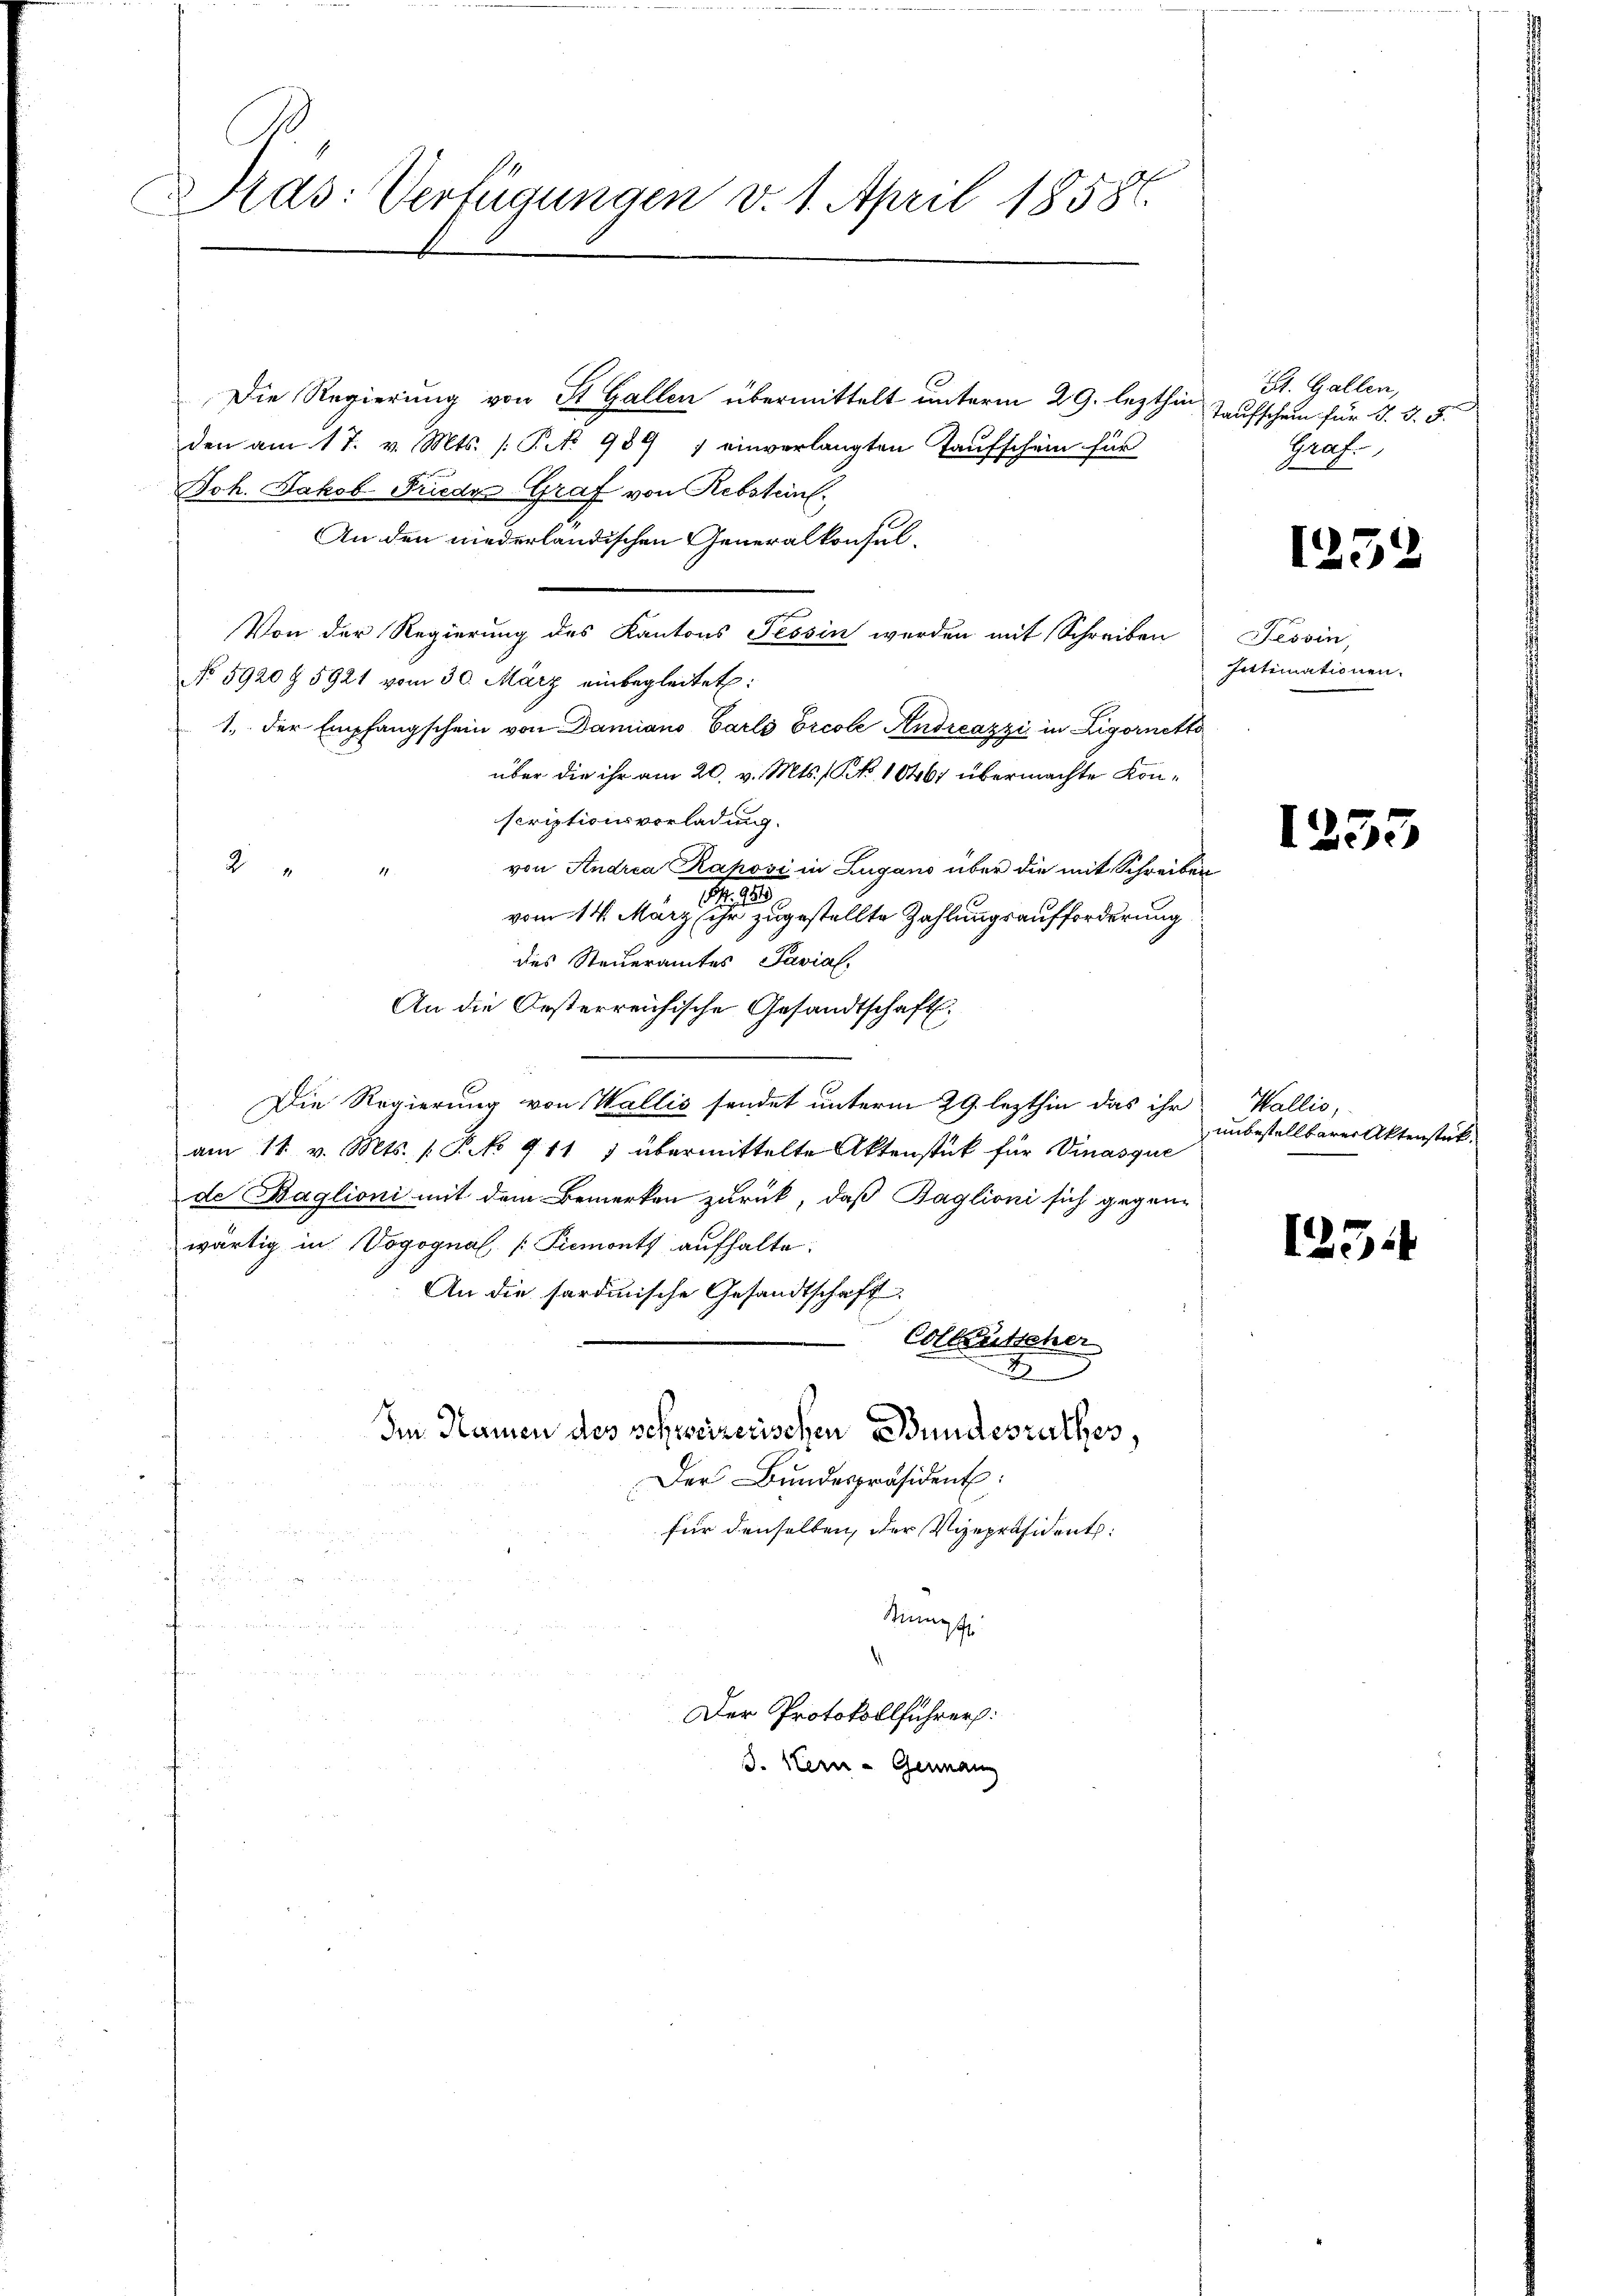
Pras: Verfügungen v. 1. April 18586.

Die Regierung von St. Gallen übermittelt unterm 29. lezthin
den am 17. v. Mts. (P 989 7 einverlangten Taufschein für
Joh. Jakob Friede Graf von Rebsteint.
An den niederländischen Generalkonsul¬
Von der Regierung des Kantons Tessin werden mit Schreiben
No 5920 § 5921 vom 30. März einbegleitet:
1. der Empfangschein von Damiano Carls Ercole Andreazzi in Zigornette
über die ihr am 20. v. Mts. No 10467 übermachte Konscriptionsvorladung.
von Andria Raposi in Zugano über die mit Schreiben
2
1
s
vom 14. März ihr zugestellte Zahlungsaufforderung
des Steueramtes Pavial.
An die Oesterreichische Gesandtschaft.
Die Regierung von Wallis sendet unterm 29. lezthin das ihr
am 11. v. Mts. [Pk 911 ; übermittelte Aktenstück für Vinasque
de Baglioni mit dem Bemerken zurück, daß Baglioni sich gegen-
wärtig in Vogognal [Piemonts aufhalte.
An die sardinische Gesandtschaft
Collentscher
7
Im Namen des schweizerischen Bundesrathes,
Der Bŭndespräsident:
für denselben, der Vizepräsident:
Kumpf
Der Protokollführer:
J. Kern - German

St. Gallen,
Taufschein für d. d. 5.
Graf.

1252

Tessin,
fittimationen.

1253

Wallis,
unbestellbarer Aktenstück.

123.